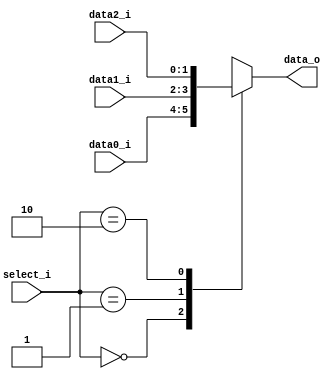
//Subject:     CO project 2 - MUX 321
//--------------------------------------------------------------------------------
//Version:     1
//--------------------------------------------------------------------------------
//Writer:      Szuyi Huang
//----------------------------------------------
//----------------------------------------------
//Description:
//--------------------------------------------------------------------------------

module MUX_3to1(
               data0_i,
               data1_i,
               data2_i,
               select_i,
               data_o
               );

parameter size = 0;

//I/O ports
input   [size-1:0] data0_i;
input   [size-1:0] data1_i;
input   [size-1:0] data2_i;
input      [2-1:0] select_i;
output  [size-1:0] data_o;

//Internal Signals
reg     [size-1:0] data_o;

//Main function
always @(*) begin
  case (select_i)
    2'b00: data_o = data0_i;
    2'b01: data_o = data1_i;
    2'b10: data_o = data2_i;
    default: data_o = 'dx;
  endcase
end

endmodule